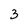
Character: 3